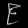
Digit: ၉